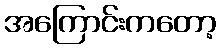
အကြောင်းကတော့